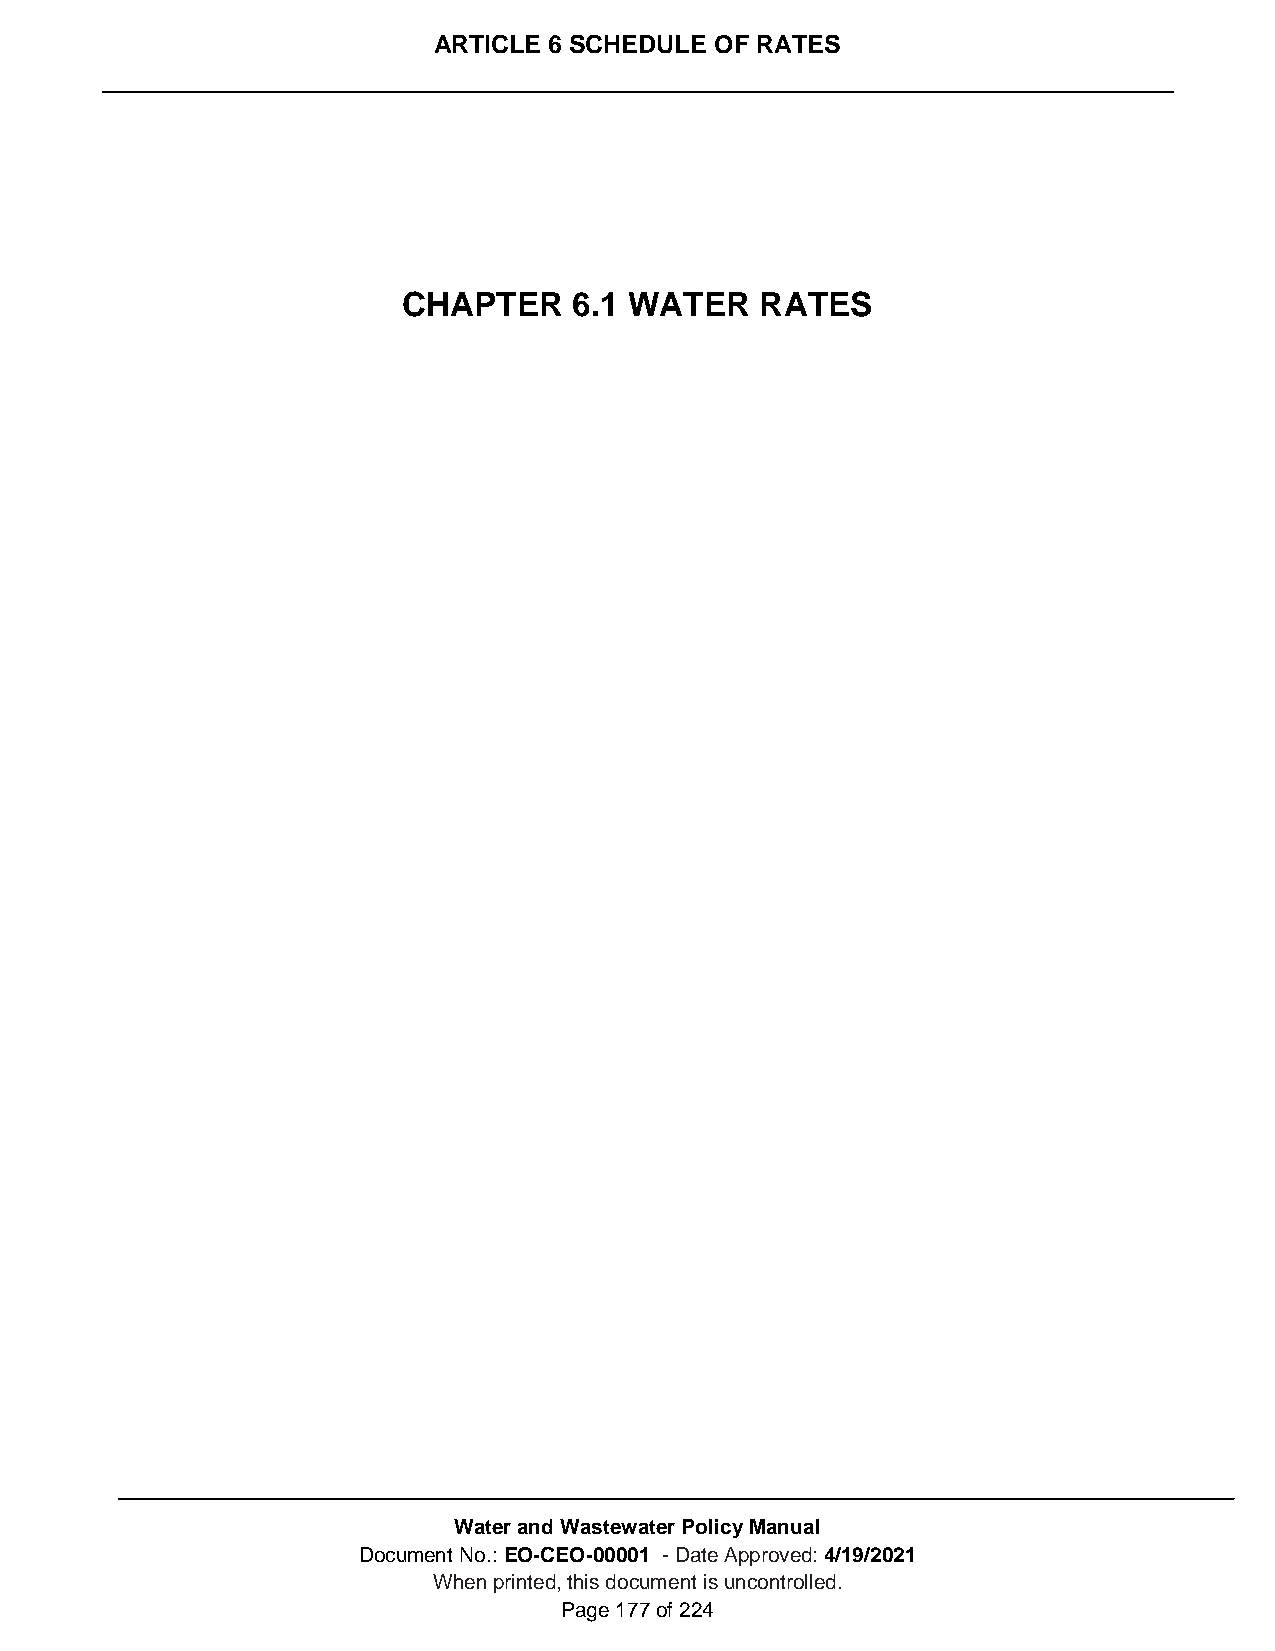
ARTICLE 6 SCHEDULE OF RATES
 CHAPTER    6.1 WATER   RATES
 Water and Wastewater Policy Manual
 Document No.: EO-CEO-00001 - Date Approved: 4/19/2021
 When printed, this document is uncontrolled.
 Page 177 of 224